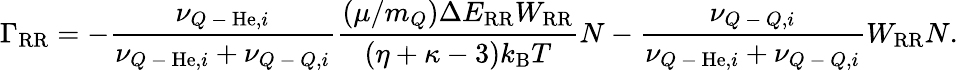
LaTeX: \Gamma_{\mathrm{RR}}=-\frac{\nu_{Q\mathrm{~-~}\mathrm{He},i}}{\nu_{Q\mathrm{~-~}\mathrm{He},i}+\nu_{Q\mathrm{~-~}Q,i}}\frac{(\mu/m_{Q})\Delta E_{\mathrm{RR}}W_{\mathrm{RR}}}{(\eta+\kappa-3)k_{\mathrm{B}}T}N-\frac{\nu_{Q\mathrm{~-~}Q,i}}{\nu_{Q\mathrm{~-~}\mathrm{He},i}+\nu_{Q\mathrm{~-~}Q,i}}W_{\mathrm{RR}}N.